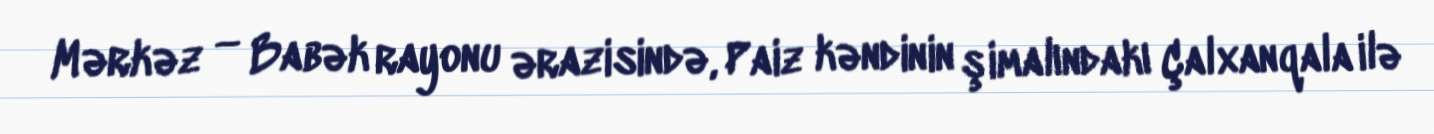
Mərkəz — Babək rayonu ərazisində, Paiz kəndinin şimalındakı Çalxanqala ilə